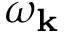
\omega _ { \mathbf { k } }